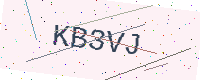
Text: KB3VJ